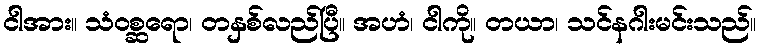
ငါအား။ သံဝစ္ဆရော၊ တနှစ်လည်ပြီ။ အဟံ၊ ငါကို။ တယာ၊ သင်နဂါးမင်းသည်။